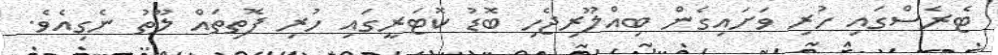
ޓެރެސްގައި ހުރި ވަށައިގެން ބިއްލޫރިޖެހި ބޮޑު ކޮޓަރީގައި ހުރި ފޮތިތައް ލޫތު ނެގިއެވެ.